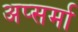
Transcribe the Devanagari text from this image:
अप्सर्मा